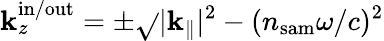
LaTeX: \mathbf{k}_{z}^{\mathrm{{in/out}}}=\pm\sqrt{}{{|{\mathbf{\mathbf{k}}}_{\parallel}|^{2}-(n_{\mathrm{{sam}}}\omega/c)^{2}}}